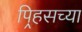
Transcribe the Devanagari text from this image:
पिर्‍हसच्या